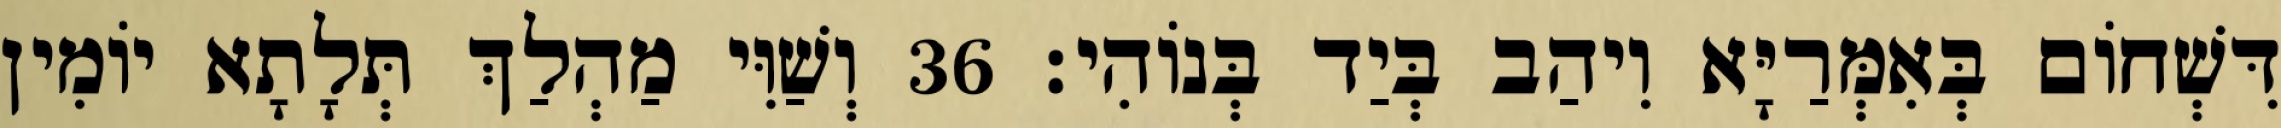
דִּשְׁחוֹם בְּאִמְּרַיָּא וִיהַב בְּיַד בְּנוֹהִי׃ 36 וְשַׁוִּי מַהְלַךְ תְּלָתָא יוֹמִין